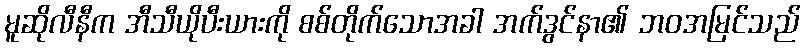
မူဆိုလီနီက အီသီယိုပီးယားကို စစ်တိုက်သောအခါ အက်ဒွင်နာ၏ ဘဝအမြင်သည်